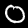
Digit: 0